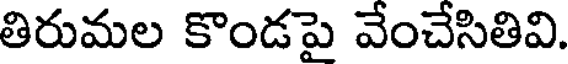
తిరుమల కొండపై వేంచేసితివి.